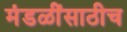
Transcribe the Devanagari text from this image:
मंडळींसाठीच